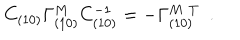
LaTeX: C _ { ( 1 0 ) } \Gamma _ { ( 1 0 ) } ^ { M } C _ { ( 1 0 ) } ^ { - 1 } = - \Gamma _ { ( 1 0 ) } ^ { { M } \, \, T } ~ ~ .